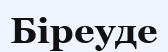
Біреуде